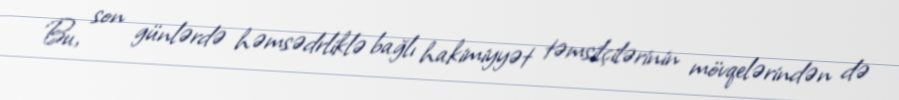
Bu, son günlərdə həmsədrliklə bağlı hakimiyyət təmsilçilərinin mövqelərindən də